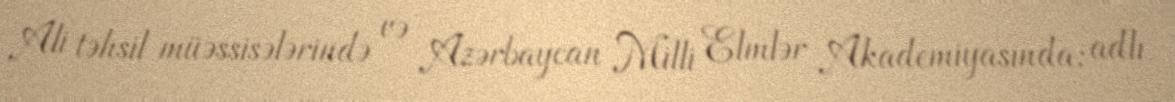
Ali təhsil müəssisələrində və Azərbaycan Milli Elmlər Akademiyasında: adlı